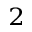
^ 2